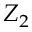
Z _ { 2 }